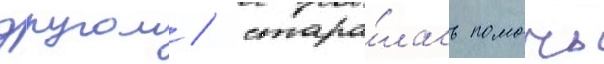
другом / стара́лась помочь